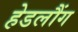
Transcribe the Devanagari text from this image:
हेडलौंग